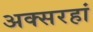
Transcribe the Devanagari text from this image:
अक्सरहां